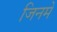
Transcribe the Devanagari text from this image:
जिनमें